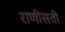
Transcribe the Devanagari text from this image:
राणीसती